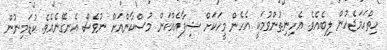
ހިތްހަމަޖެހުން ލިބެއެވެ. އެހިނިތުންވުމަކީ އެހެން މީހަކަށް ޝިފާއެއްކަން މުސްކާންއަށް ނުވެސް އެނގޭނެއެވެ. ކުޑަމިނުން